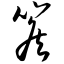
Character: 篌